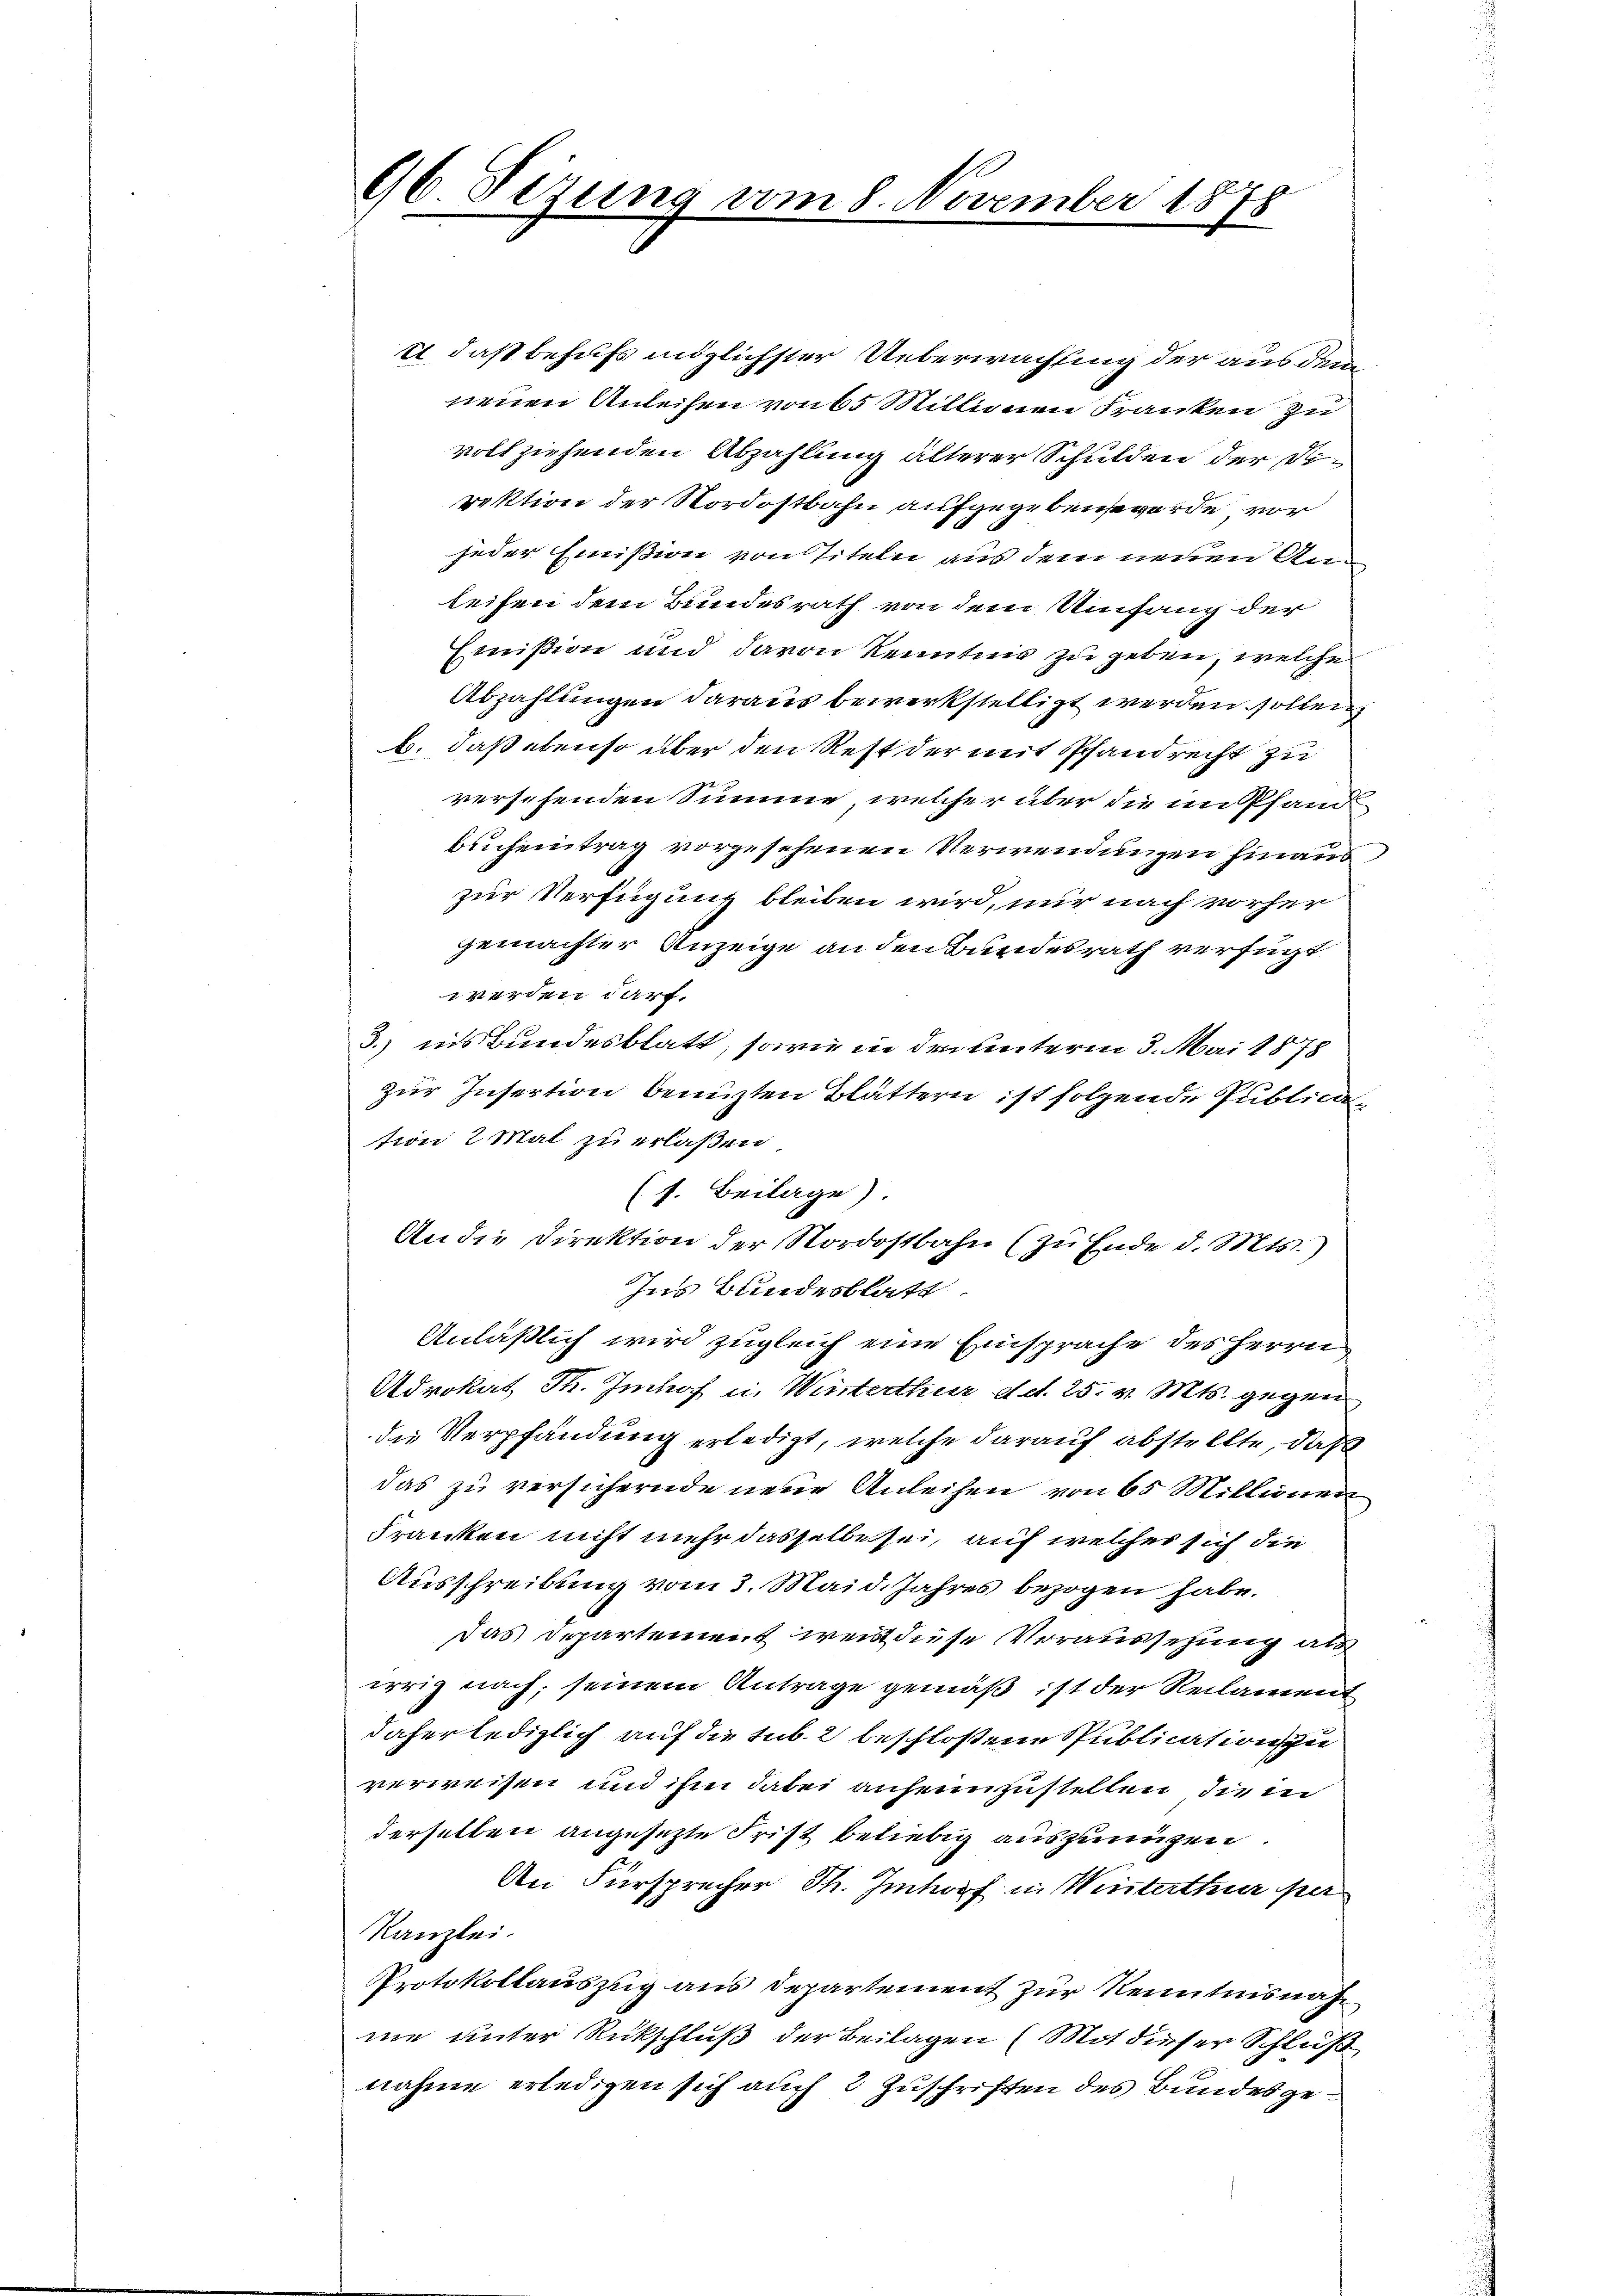
u. daß behufs möglichster Ueberwachsung der aus dem
neuen Anleihen von 65 Millionen Franken zu
vollziehenden Abzahlung älterer Schulden der Direktion der Nordostbahn aufgegeben werde, vor
jeder Emission von Titeln aus dem neuen Anteifen dem Bundesrath von dem Umfang der
Emißion und davon Kenntnis zu geben, welche
Abzahlungen daraus bewerkstelligt werden sollen,
b. daß ebenso über den Rest der mit Pfandrecht zu
versehenden Summe, welcher über die im Pfand
Bucheintrag vorgesehenen Verwendungen hinaus
zur Verfügung bleiben wird, nur nach vorher
gemachter Anzeige an den Bundesrath verfügt
werden darf.
3.) eins Bundesblatt, sowie in den Unterm 3. Mai 1878
zur Insertion benuzten Blättern ist folgende Publica
tion 2 Mal zu erlaßen
(s. Beilage).
An die Direktion der Nordostbahn (zu Ende d. Mts.)
Ins Bundesblatt
Anläßlich wird zugleich eine Einsprache des Herrn
Advokat Th. Imhof u. Winterthur d. d. 25. v. Mts. gegen
die Verpfändung erledigt, welche darauf abstellte, daß
das zu versichernde neue Anleihen von 65 Millionen
Franken nicht mehr dasselbe sei, auf welches sich die
Ausschreibung vom 3. Maid. Jahres bezogen habe.
Das Departement weis diese Voraussezung als
irrig nach; seinem Antrage gemäß ist der Reclament
daher lediglich auf die sub. 2 beschloßene Spublication zu
verweisen und ihm dabei anheimzustellen, die in
derselben angesetzte Frist beliebig auszunügen.
An Fürsprecher Th. Imhof in Winterthur per
Kanzlei.
Protokollauszug aus Departement zur Kenntnisnahne unter Rückschluß der Beilagen (Mit dieser Schluß
nahme erledigen sich auch 2 Zuschriften des Bundesge¬

96. Sezung vom 8. November 1878